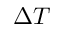
\Delta T